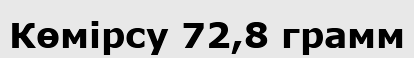
Көмірсу 72,8 грамм